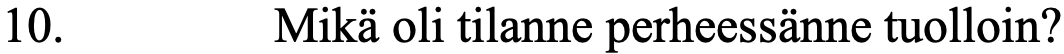
10.      Mikä oli tilanne perheessänne tuolloin?